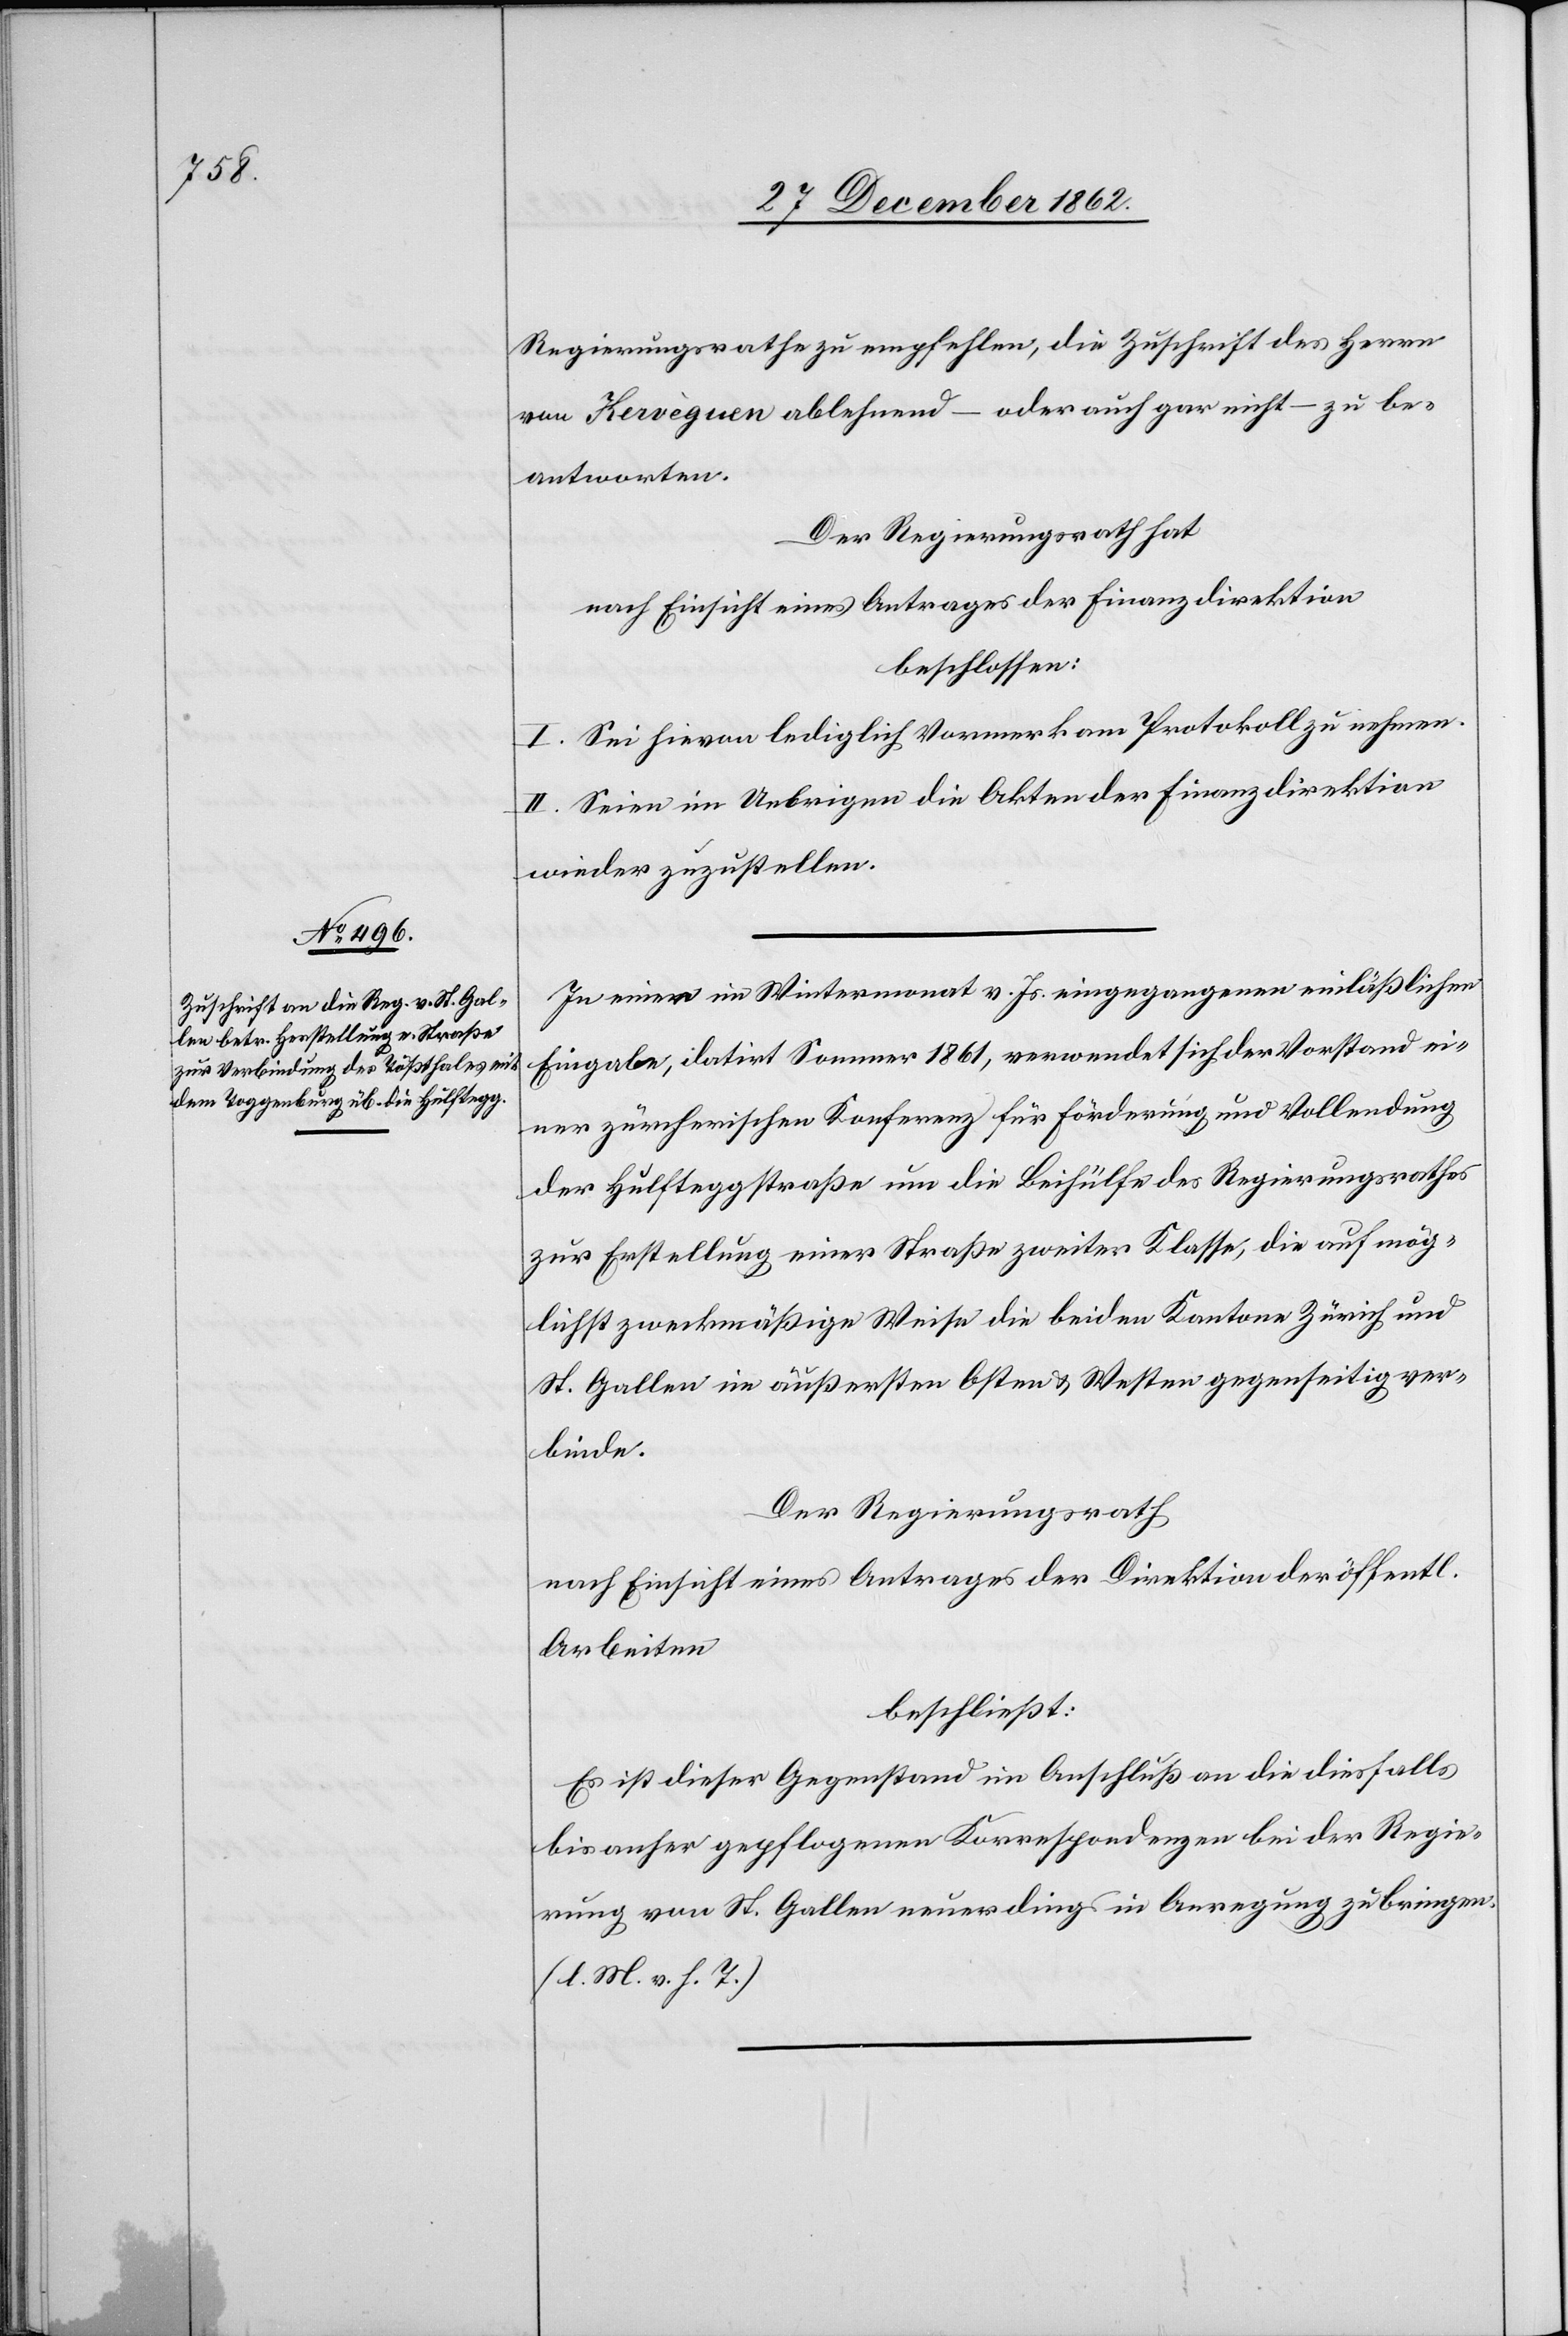
Regierungsrathe zu empfehlen, die Zuschrift des Herrn
von Hervègnen ablehnend – oder auch gar nicht –zu be¬
antworten.
Der Regierungsrath hat
nach Einsicht eines Antrages der Finanzdirektion
beschlossen:
I. Sei hievon lediglich Vormerk am Protokoll zu nehmen.
II. Seien im Uebrigen die Akten der Finanzdirektion
wieder zuzustellen.
In einer im Wintermonat v. Js. eingegangenen einläßlichen
Eingabe, datirt Sommer 1861, verwendet sich der Vorstand ei¬
ner zürcherischen Konferenz für Förderung und Vollendung
der Hulfteggstraße um die Beihülfe des Regierungsrathes
zur Erstellung einer Straße zweiter Klasse, die auf mög¬
lichst zweckmäßige Weise die beiden Kantone Zürich und
St. Gallen in äußersten Osten u. Westen gegenseitig ver¬
binde.
Der Regierungsrath
nach Einsicht eines Antrages der Direktion der öffentl.
Arbeiten
beschließt:
Es ist dieser Gegenstand im Anschluß an die diesfalls
bis anher gepflogenen Korrespondenzen bei der Regie¬
rung von St. Gallen neuerdings in Anregung zu bringen.
(l. M. v. h. T.)